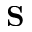
{ \bf S }